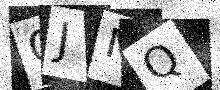
Text: CJMQ